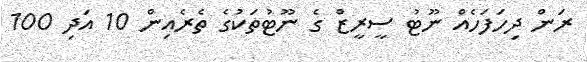
ރަން ދިހަފަހެއް ނޫޓު ސީރީޒް ގެ ނޫޓުތަކުގެ ތެރެއިން 10 އަދި 100